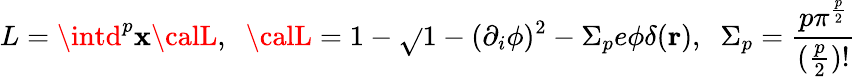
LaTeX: L=\intd^{p}\mathbf{x}{\calL},\; \; {\calL}=1-\sqrt{}{{1-(\partial_{i}\phi)^{2}}}-\Sigma_{p}e\phi\delta({\mathbf{r}}),\; \; \Sigma_{p}=\frac{{p\pi^{\frac{{p}}{{2}}}}}{{(\frac{{p}}{{2}})!}}